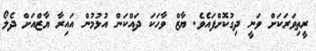
ރީތިވަރަކަށް ވަނީ ދިގުކޮށްފައެވެ. ޔާޒް ވާހަކަ ދައްކަން އުޅުމުން އައިރާ ޔާޒްއަށް ދެލޯ